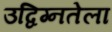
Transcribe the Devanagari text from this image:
उद्विग्नतेला